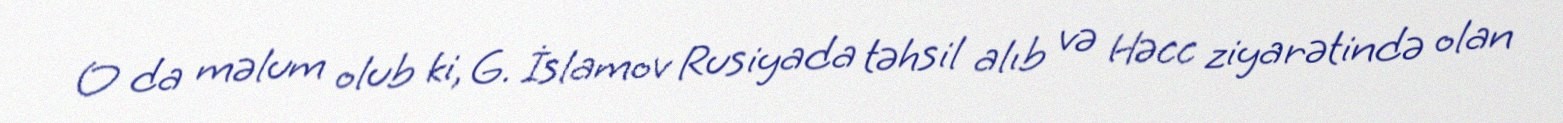
O da məlum olub ki, G. İslamov Rusiyada təhsil alıb və Həcc ziyarətində olan